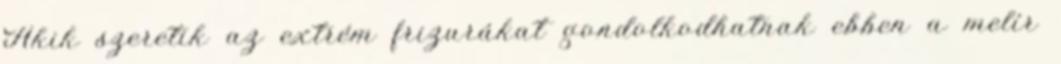
Akik szeretik az extrém frizurákat gondolkodhatnak ebben a melír